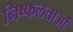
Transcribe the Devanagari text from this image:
निष्फलताओं